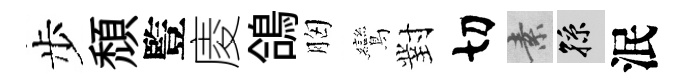
步頹䜿庱鴿胸鸞對切素孫泯